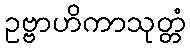
ဥဗ္ဗာဟိကာသုတ္တံ